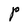
Character: P